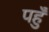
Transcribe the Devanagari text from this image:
पहुँ